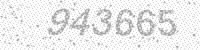
Solution: 943665